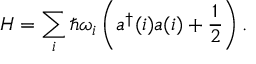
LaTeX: H = \sum _ { i } \hbar \omega _ { i } \left( a ^ { \dagger } ( i ) a ( i ) + { \frac { 1 } { 2 } } \right) .